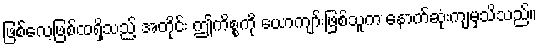
ဖြစ်လေ့ဖြစ်ထရှိသည့် အတိုင်း ဤကိစ္စကို ယောကျာ်းဖြစ်သူက နောက်ဆုံးကျမှသိသည်။